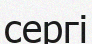
сергі